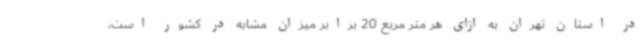
در استان تهران به ازای هر متر مربع 20 برابر میزان مشابه در کشور است،